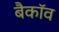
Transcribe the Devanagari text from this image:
बैकॉव